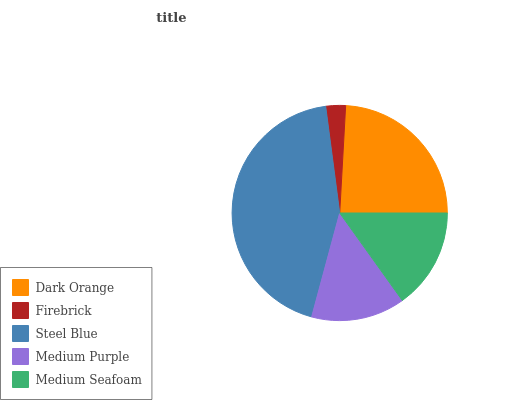
| Dark Orange | Firebrick | Steel Blue | Medium Purple | Medium Seafoam |
 | --- | --- | --- | --- | --- |
 | 24.2% | 2.96% | 43.7% | 14.1% | 15.1% |